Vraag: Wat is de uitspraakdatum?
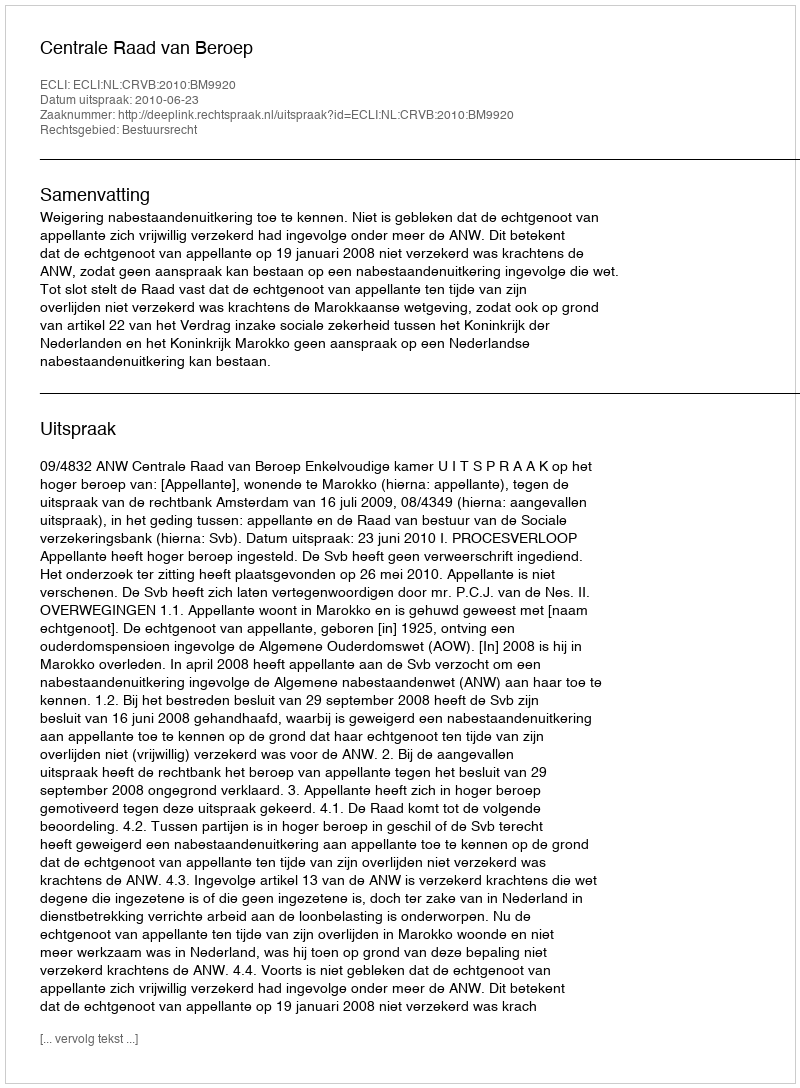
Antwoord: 2010-06-23